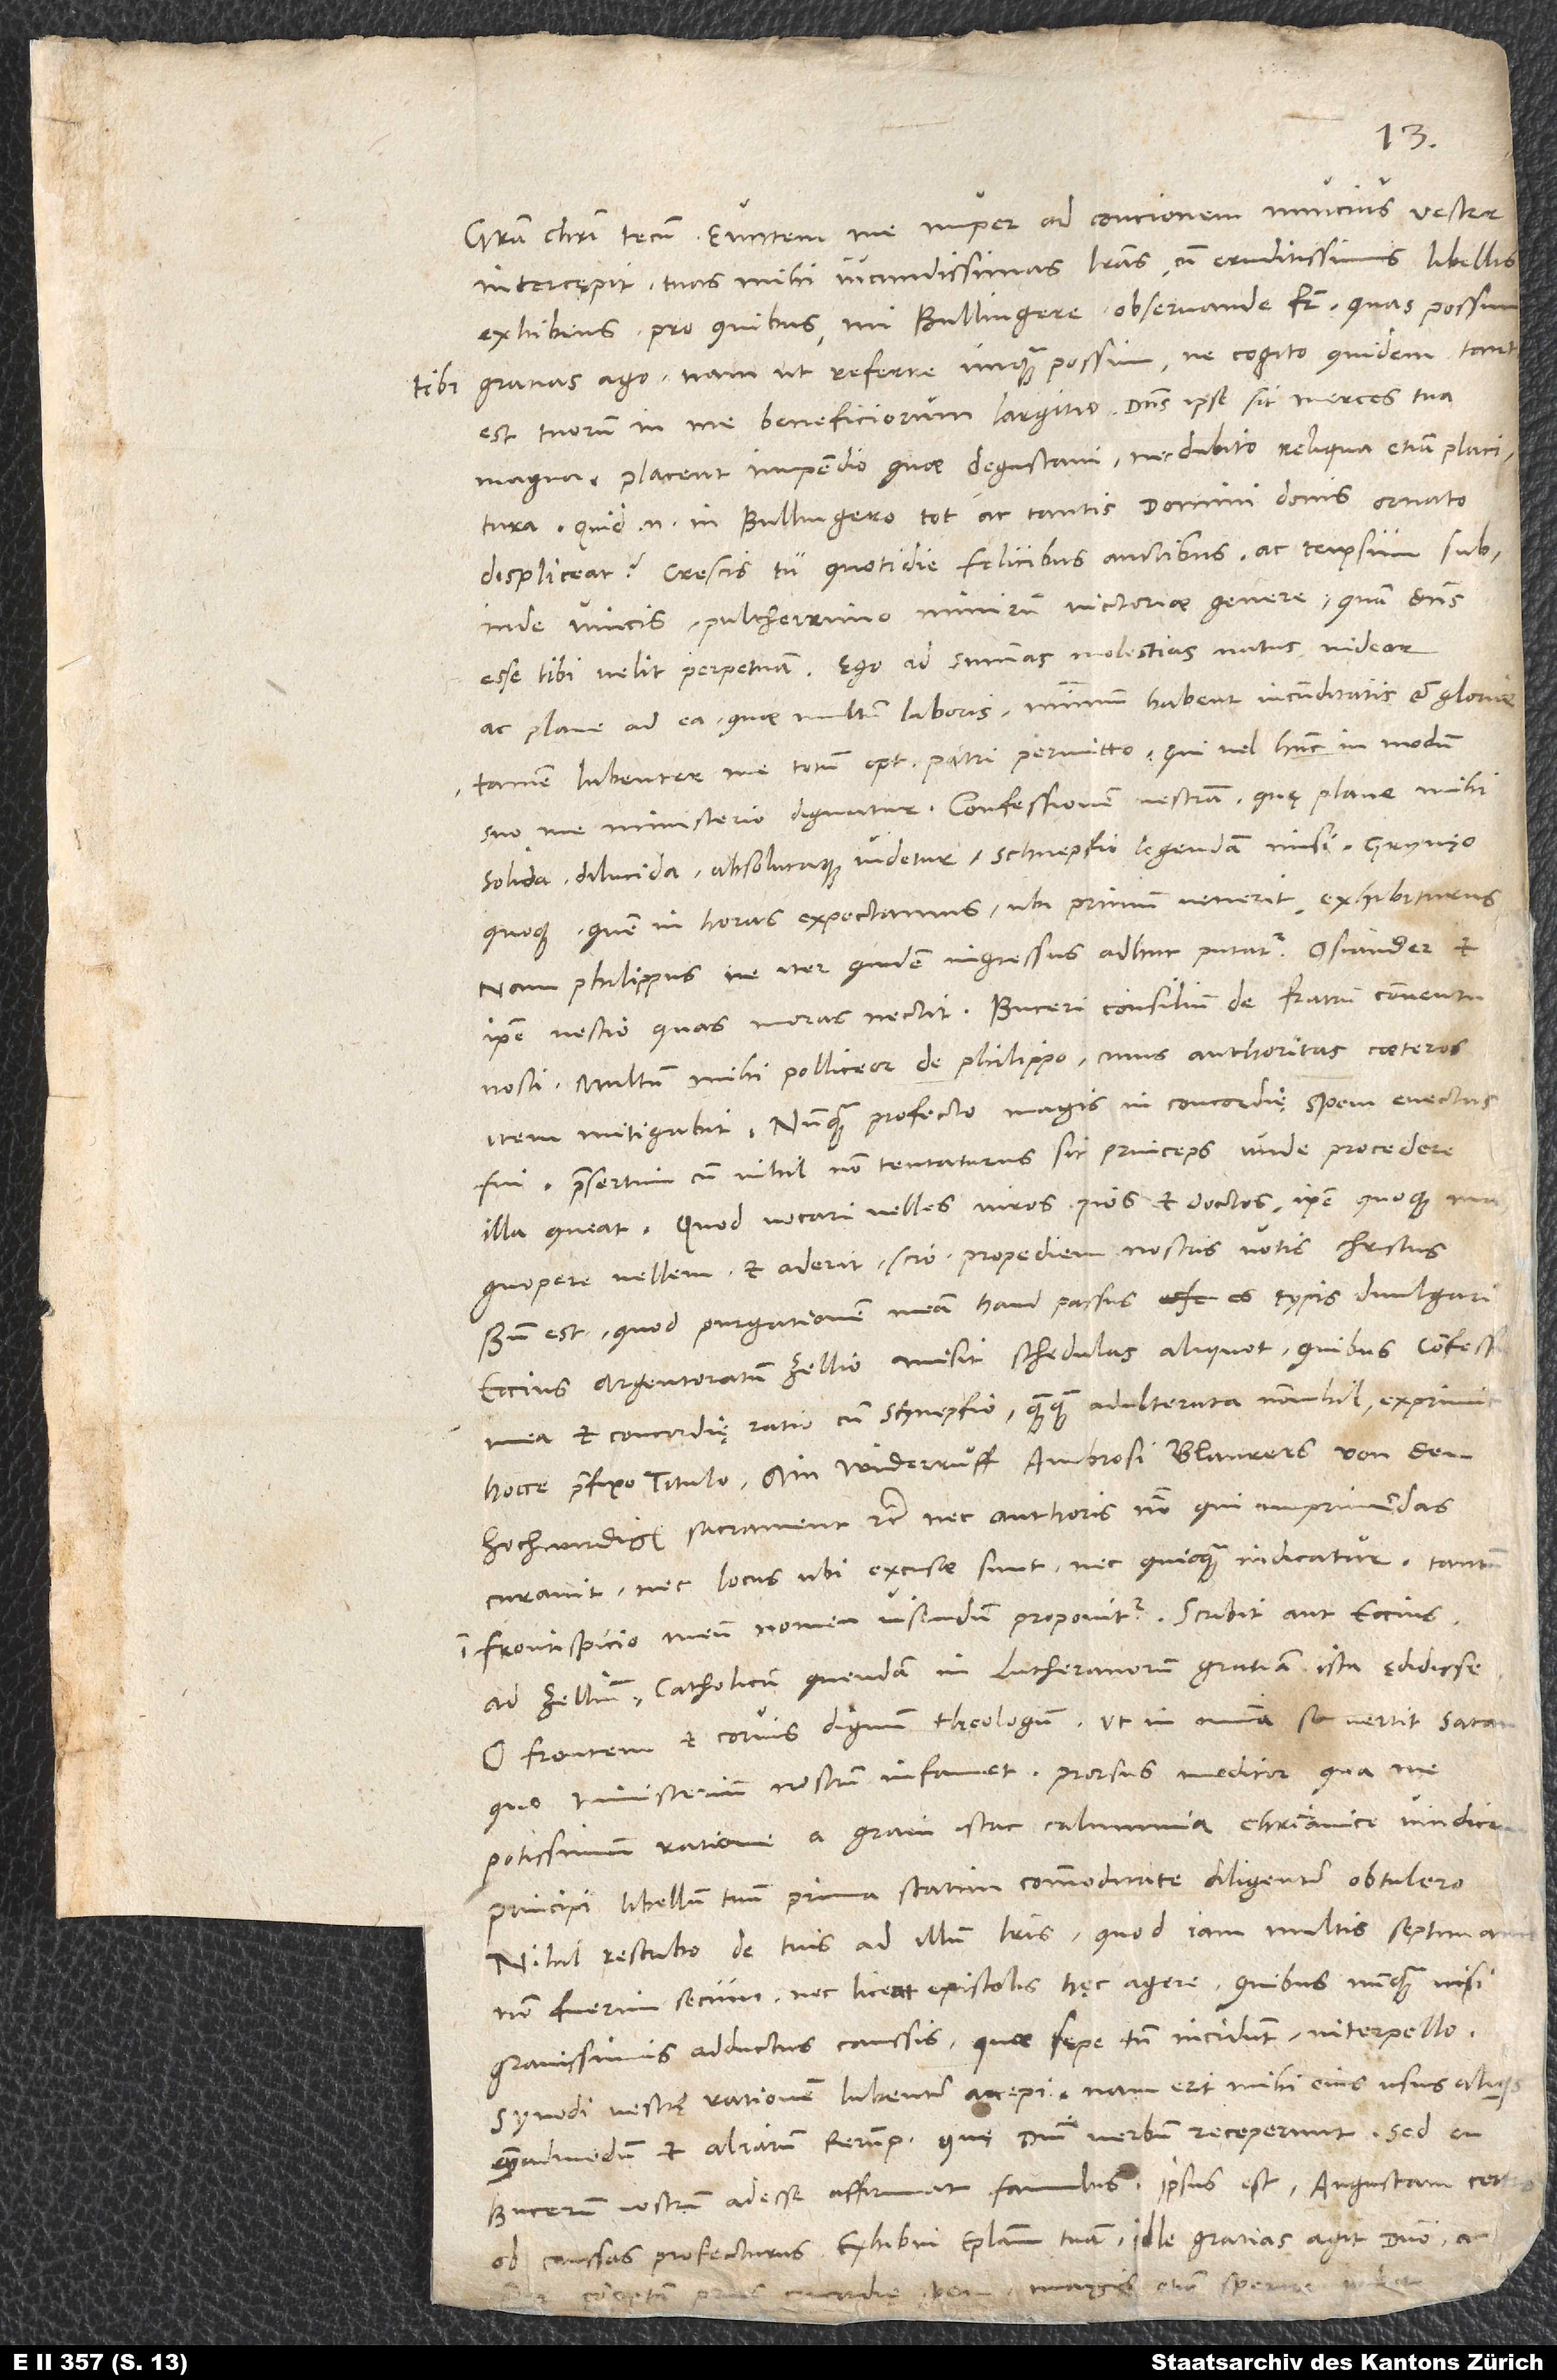
intercępit tuas mihi iucundissimas literas cum eruditissimis libellis
exhibens, pro quibus, mi Bullingere observande frater, quas possum
tibi gratias ago. Nam ut referre unquam possim, ne cogito quidem, tant
est tuorum in me beneficiorum largitio. Dominus ipse sit merces tua
magna. Placent impendio, quae degustavi, nec dubito reliqua etiam placitura.
Quid enim in Bullingero tot ac tantis domini donis ornato
displiceat? Crescis tu quotidie felicibus auctibus ac te ipsum subinde
vincis pulcherrimo nimirum victoriae genere, quam dominus
esse tibi velit perpetuam. Ego ad summas molestias natus videor
ac plane ad ea, quae multum laboris, minimum habent iucunditatis et gloriae.
Tamen lubenter me totum optimo patri permitto, qui vel hunc in modum
solida, dilucida absolutaque videtur, Schnepfio legendam misi Grynęo
quoque, quem in horas expectamus, ubi primum venerit, exhibiturus.
Nam Philippus ne iter quidem ingressus adhuc putatur. Osiander et
ipse nescio quas moras nectit. Buceri consilium de fratrum conventu
nosti. Multum mihi polliceor de Philippo, cuius authoritas caeteros
item mitigabit. Nunquam profecto magis in concordiae spem evectus
fui, praesertim cum nihil non tentaturus sit princeps unde, procedere
ille queat. Quod vocari velles viros pios et doctos, ipse quoque magnopere
vellem, et aderit, scio, propediem nostris votis Christus.
Bene est, quod purgationem meam haud passus es typis divulgari.
Eccius Argentoratum Zellio misit schedulas aliquot, quibus confessio
mea et concordię ratio cum Schnepfio, quamquam adulterata nonnihil, exprimitur
hocce praefixo titulo: «Am widerruͦff Ambrosi Blaurers von dem
hochwirdigen sacrament» etc. Nec authoris nomen, qui imprimendas
curavit, nec locus, ubi excusae sunt, nec quicquam indicatur. Tantum
in frontispicio meum nomen visendum proponitur. Scribit aut Eccius
ad Zellium catholicum quendam in Lutheranorum gratiam ista ędidisse.
O frontem et corvis dignum theologum! Ut in omnia se vertit satan,
quo ministerium nostrum infamet! Prorsus meditor, qua me
potissimum ratione a gravi istac calumnia christianice vindicem.
Principi libellum tuum prima statim commoditate diligenter obtulero.
Nihil rescribo de tuis ad illum literis, quod iam multis septimanis
non fuerim secum nec licet epistolis hęc agere, quibus nunquam nisi
gravissimis adductus caussis, quae sępe tamen incidunt, interpello.
Synodi vestrę rationem lubenter accepi. Nam erit mihi eius usus aliquis
quemadmodum et aliarum rerumpublicarum, quę domini verbum receperunt.
Bucerum nostrum adesse affirmat famulus. Ipsus est Augustam certas
ob caussas profecturus. Exhibui epistolam tuam. Ille gratias agit domino ac
concordię spem magis etiam sperare iubet.